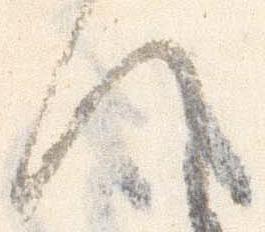
候